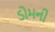
ડોમની